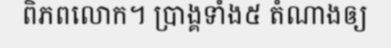
ពិភពលោក។ ប្រាង្គទាំង៥ តំណាងឲ្យ